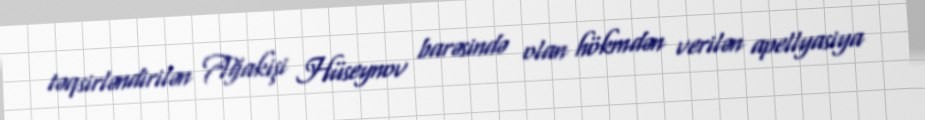
təqsirləndirilən Ağakişi Hüseynov barəsində olan hökmdən verilən apellyasiya